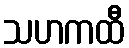
သဟကထီ